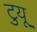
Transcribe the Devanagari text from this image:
टुयू